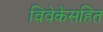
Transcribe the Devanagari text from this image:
विवेकेंसहित